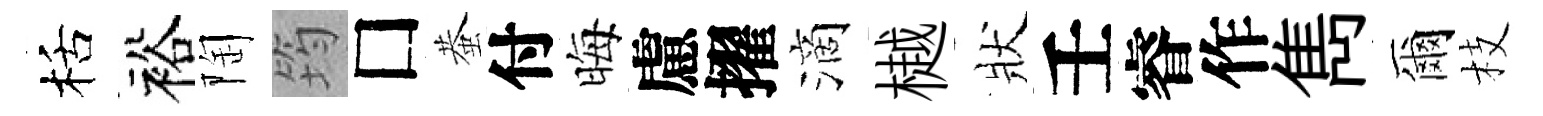
栝裕陶筠□蛬付晦慮擢滴樾狀壬睿作雋爾枝